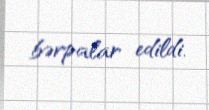
bərpalar edildi.